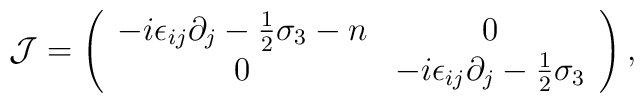
{\cal J} = \left( \begin{array}{cc}-i\epsilon_{ij} \partial_j -{1\over2}\sigma_3-n & 0 \\0 & -i\epsilon_{ij} \partial_j -{1\over2}\sigma_3\end{array} \right) ,